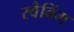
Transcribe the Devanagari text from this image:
स्वैबिंग